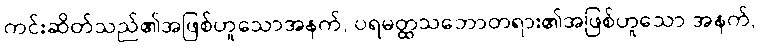
ကင်းဆိတ်သည်၏အဖြစ်ဟူသောအနက်, ပရမတ္ထသဘောတရား၏အဖြစ်ဟူသော အနက်,